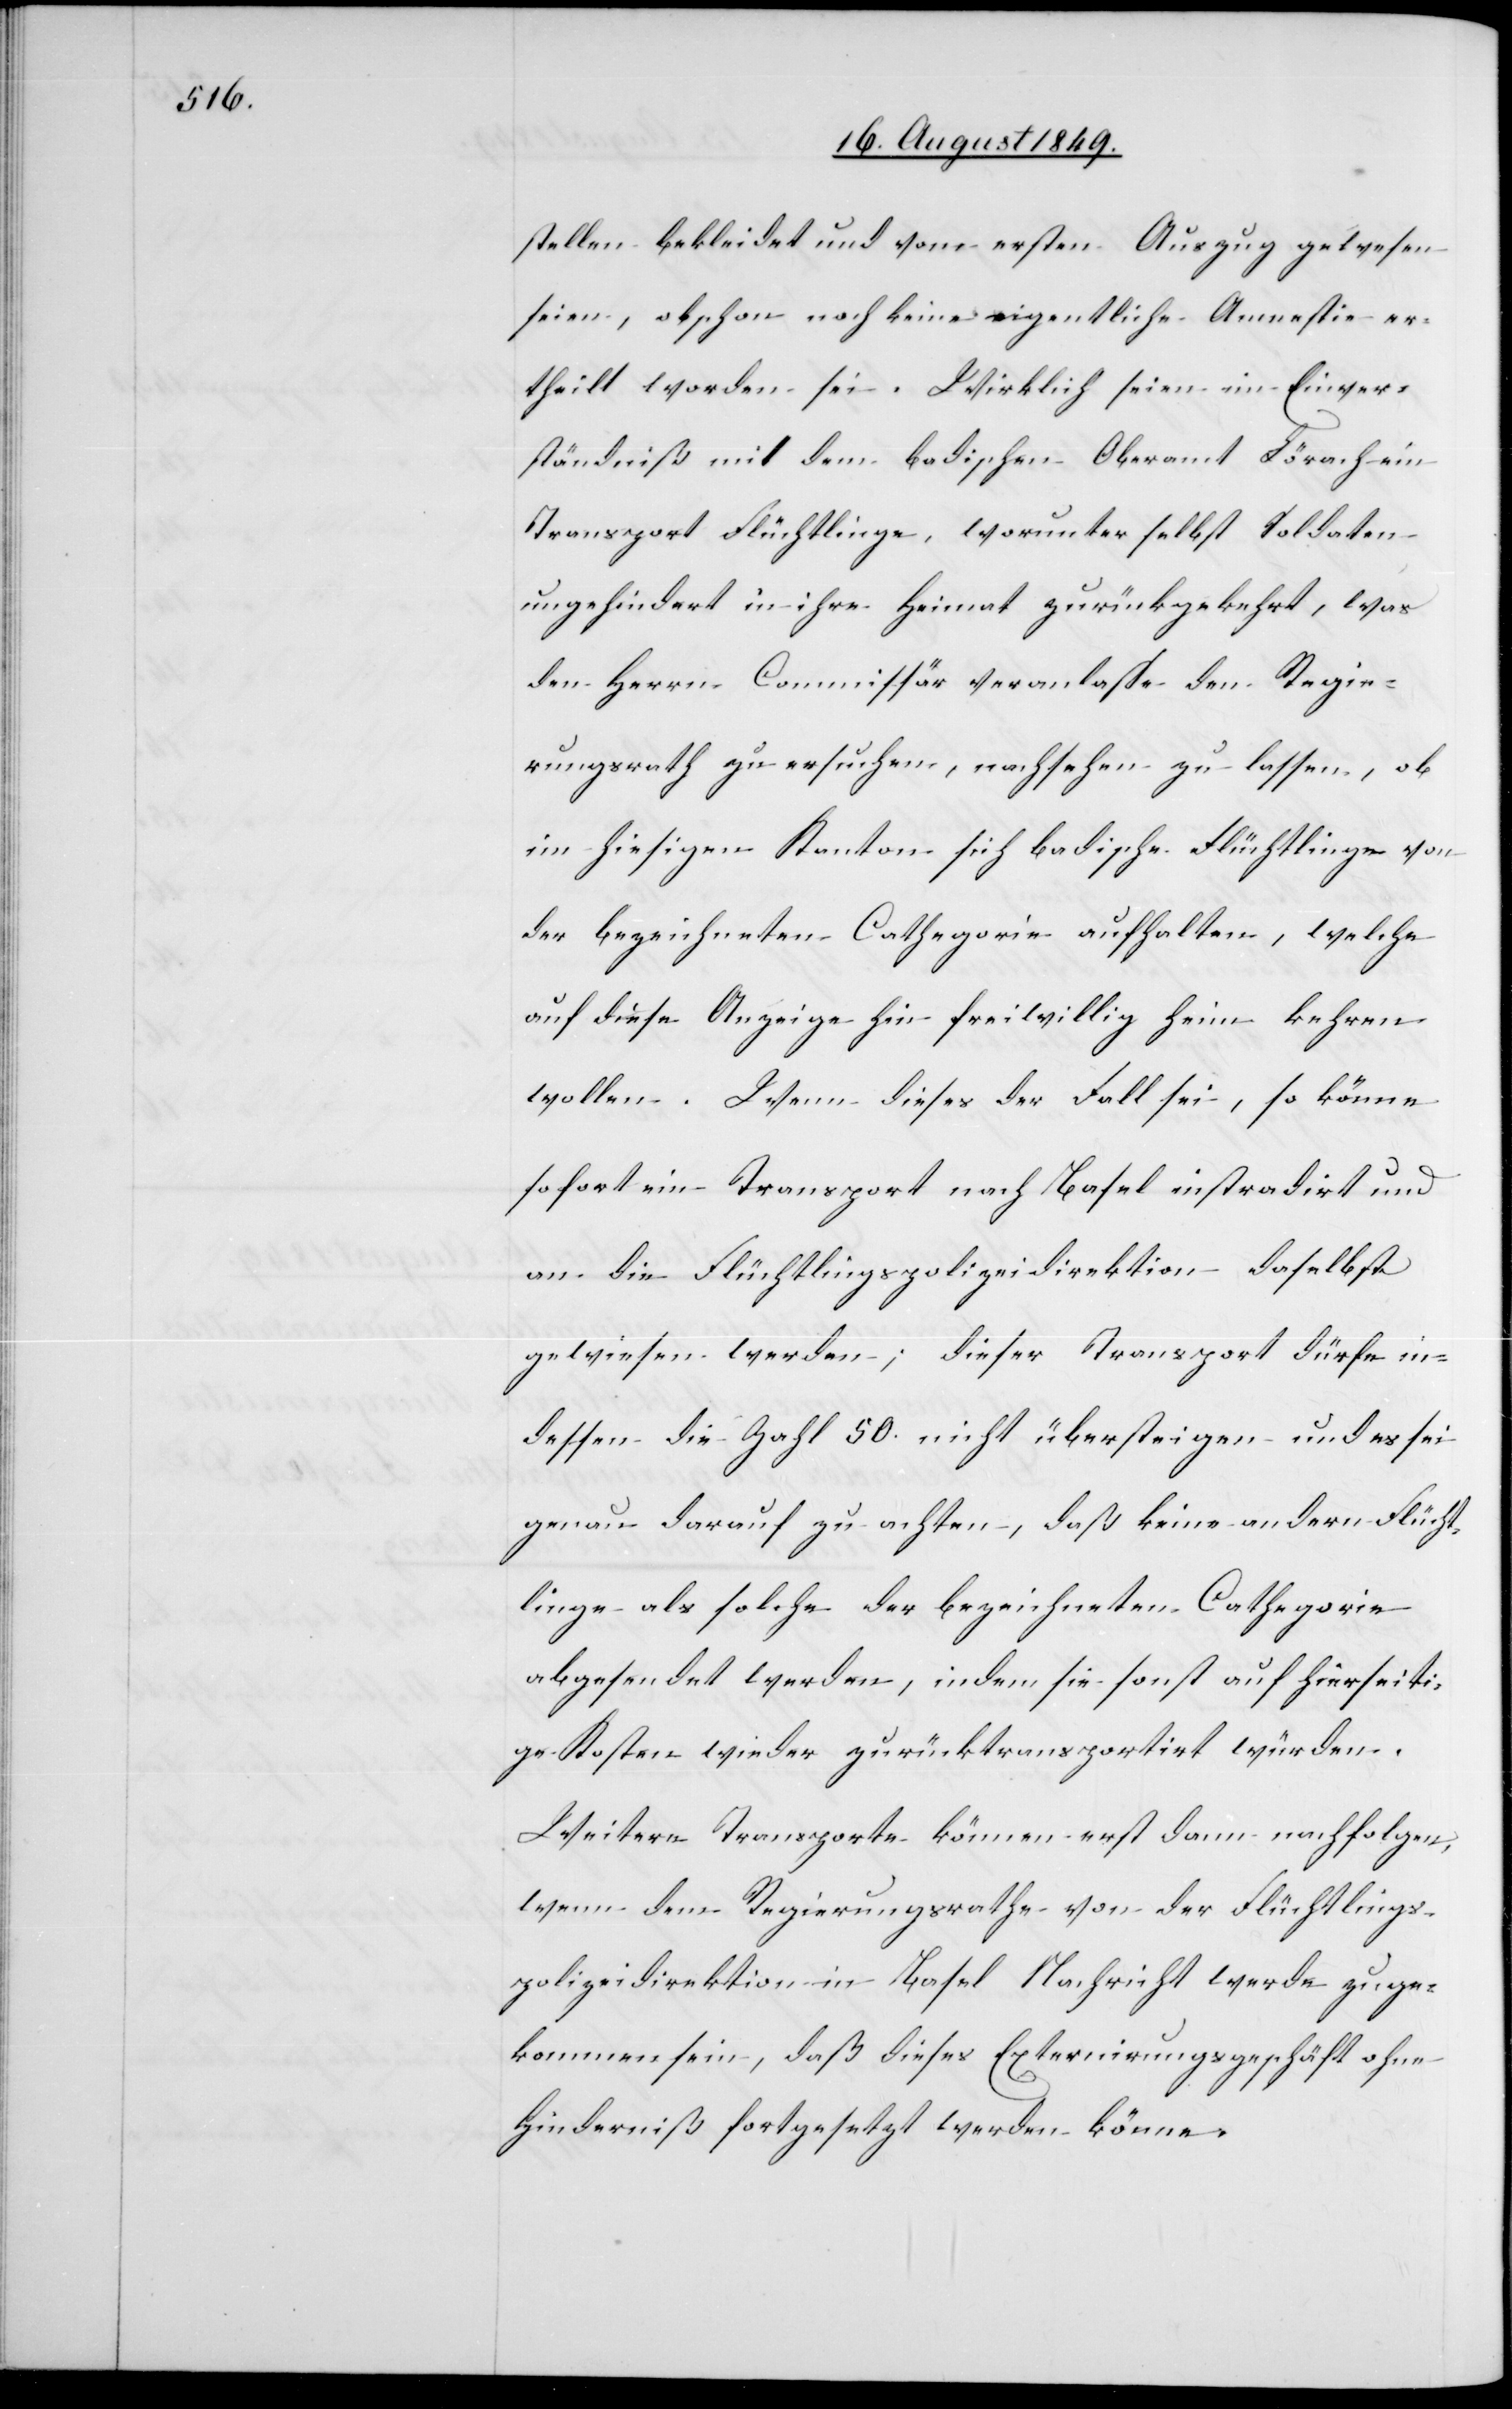
stellen bekleidet und vom ersten Auszug gewesen
seien, obschon noch keine eigentliche Amnestie er¬
theilt worden sei. Wirklich seien im Einver¬
ständniß mit dem badischen Oberamt Lörach ein
Transport Flüchtlinge, worunter selbst Soldaten
ungehindert in ihre Heimat zurückgekehrt, was
den Herrn Commissär veranlasse den Regie¬
rungsrath zu ersuchen, nachsehen zu lassen, ob
im hiesigen Kanton sich badische Flüchtlinge von
der bezeichneten Cathegorie aufhalten, welche
auf diese Anzeige hin freiwillig heim kehren
wollen. Wenn dieses der Fall sei, so könne
sofort ein Transport nach Basel instradirt und
an die Flüchtlingspolizeidirektion daselbst
gewiesen werden; dieser Transport dürfe in¬
dessen die Zahl 50. nicht übersteigen und es sei
genau darauf zu achten, daß keine andern Flücht¬
linge als solche der bezeichneten Cathegorie
abgesendet werden indem sie sonst auf hierseiti¬
ge Kosten wieder zurücktransportirt würden.
Weitere Transporte können erst dann nachfolgen,
wenn dem Regierungsrathe von der Flüchtlings¬
polizeidirektion in Basel Nachricht werde zuge¬
kommen sein, daß dieses Externirungsgeschäft ohne
Hinderniß fortgesetzt werden könne.